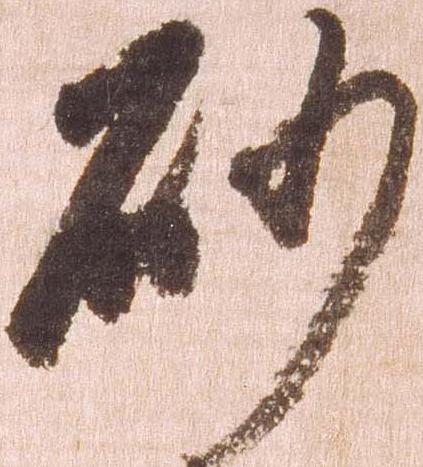
砂